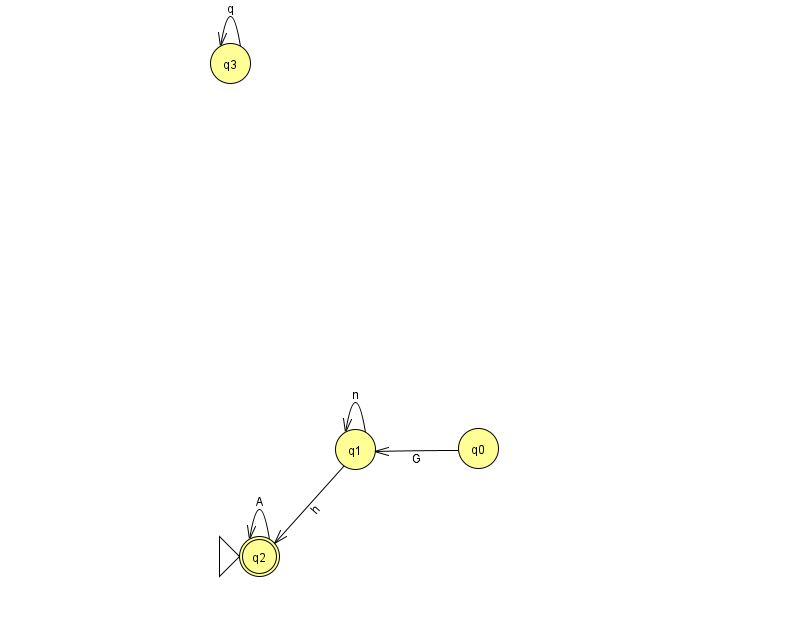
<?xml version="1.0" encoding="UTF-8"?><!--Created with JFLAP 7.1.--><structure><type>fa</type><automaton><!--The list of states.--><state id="0" name="q0"><x>478.0</x><y>435.0</y></state><state id="1" name="q1"><x>355.0</x><y>436.0</y></state><state id="2" name="q2"><x>259.0</x><y>543.0</y><initial/><final/></state><state id="3" name="q3"><x>230.0</x><y>50.0</y></state><!--The list of transitions.--><transition><from>2</from><to>2</to><read>A</read></transition><transition><from>3</from><to>3</to><read>q</read></transition><transition><from>0</from><to>1</to><read>G</read></transition><transition><from>1</from><to>2</to><read>h</read></transition><transition><from>1</from><to>1</to><read>n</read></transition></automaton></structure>